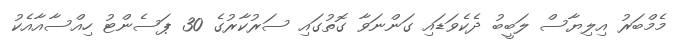
މެމްބަރު އިލިޔާސް ލަބީބު ދެކެވަޑައި ގަންނަވާ ގޮތުގައި ސަރުކާރުގެ 30 ޕަސެންޓު ހިއްސާއާއެކު